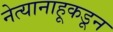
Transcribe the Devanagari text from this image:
नेत्यानाहूकडून